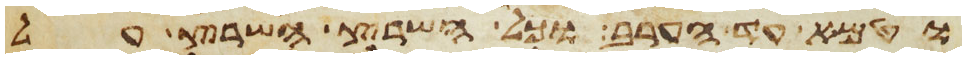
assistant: וטמא עד הערב וכל השרץ השרץ על